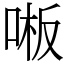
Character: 𫪒